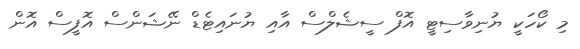
މި ކޯހަކީ ޔުނިވާސިޓީ އޮފް ސީޝެލްސް އާއި ޔުނައިޓެޑް ނޭޝަންސް އޮފީސް އޮން